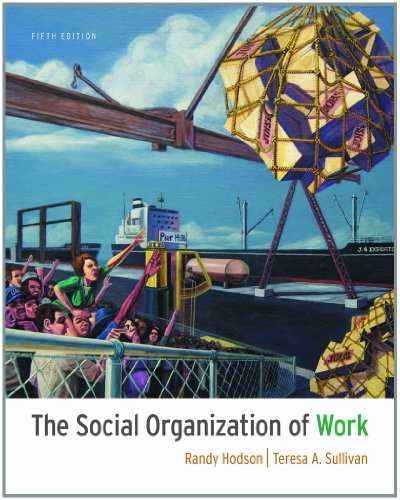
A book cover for The Social Organization of Work; Randy Hodson; Politics & Social Sciences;